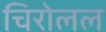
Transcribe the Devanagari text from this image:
चिरोलल